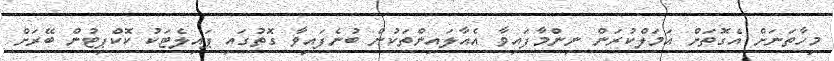
މިހާތަނަށް އެގޮތަށް އަމަލްކުރަން ނިންމާފައިވާ އެއާލައިންތަކުން ބުނެފައިވާ ގޮތުގައި ޕައިލެޓަކު ކޮކްޕިޓުން ބޭރަށް